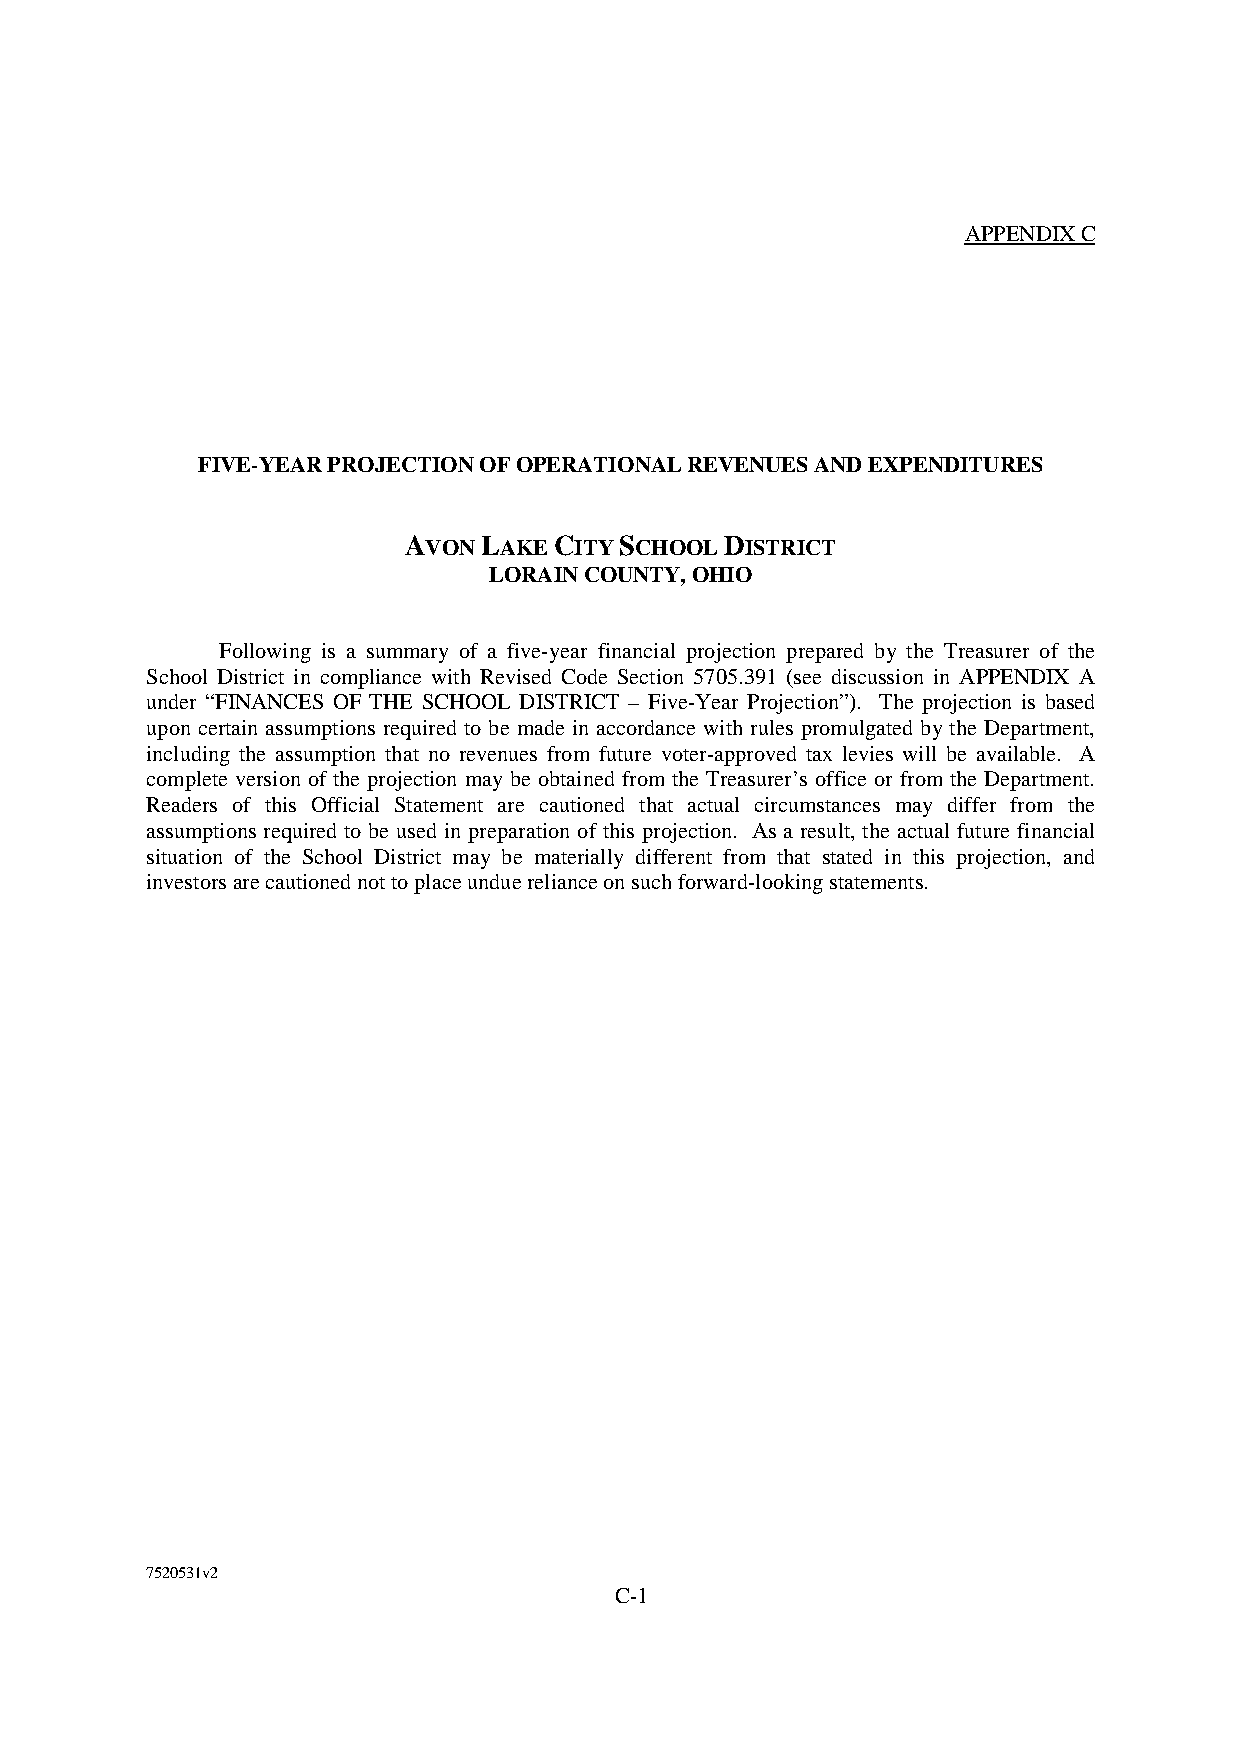
APPENDIXC
 FIVE-YEARPROJECTIONOFOPERATIONALREVENUESANDEXPENDITURES
 AVONLAKECITYSCHOOLDISTRICT
 LORAINCOUNTY,OHIO
 Following is a summary of a five-year financial projection prepared by the Treasurer of the
 School District in compliance with Revised Code Section 5705.391 (see discussion in APPENDIX A
 under “FINANCES OF THE SCHOOL DISTRICT – Five-Year Projection”). The projection is based
 upon certain assumptions required to be made in accordance with rules promulgated by the Department,
 including the assumption that no revenues from future voter-approved tax levies will be available. A
 complete version of the projection may be obtained from the Treasurer’s office or from the Department.
 Readers of this Official Statement are cautioned that actual circumstances may differ from the
 assumptions required to be used in preparation of this projection. As a result, the actual future financial
 situation of the School District may be materially different from that stated in this projection, and
 investorsarecautionednottoplaceunduerelianceonsuchforward-lookingstatements.
 7520531v2
 C-1